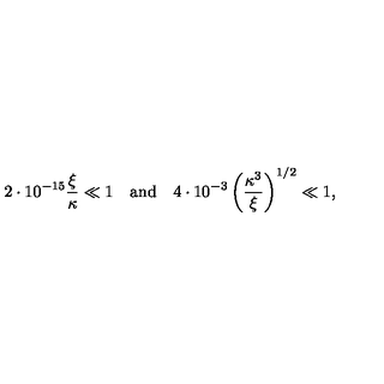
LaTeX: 2 \cdot 1 0 ^ { - 1 5 } \frac { \xi } { \kappa } \ll 1 \quad \mathrm { a n d } \quad 4 \cdot 1 0 ^ { - 3 } \left( \frac { \kappa ^ { 3 } } { \xi } \right) ^ { 1 / 2 } \ll 1 ,